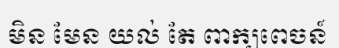
មិន មែន យល់ តែ ពាក្យពេចន៍